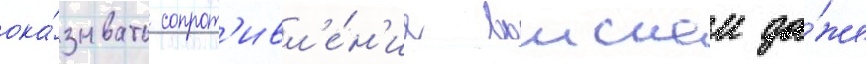
ока́зывать сопрот'ивл'е́н'ие воискам да́же